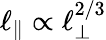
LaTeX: \ell_{\parallel}\propto\ell_{\perp}^{2/3}